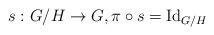
LaTeX: \begin{align*} s:G/H\to G,\pi\circ s= \operatorname{Id} _{G/H}\end{align*}